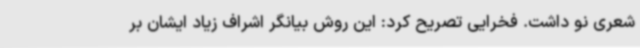
شعری نو داشت. فخرایی تصریح کرد: این روش بیانگر اشراف زیاد ایشان بر